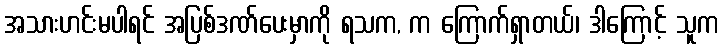
အသားဟင်းမပါရင် အပြစ်ဒဏ်ပေးမှာကို ရသက, က ကြောက်ရှာတယ်၊ ဒါကြောင့် သူက